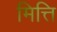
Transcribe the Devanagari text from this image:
मित्ति